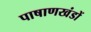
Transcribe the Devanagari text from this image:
पाषाणखंडों